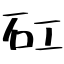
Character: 矼